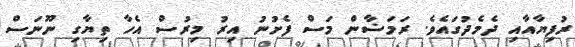
ރުފިޔާއާއި ދެމެދުގައެވެ. ރަމަޟާން މަސް ފެށުނު އިރު މިރުސް އެހާ ތިޔާގި ނޫނަސް